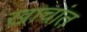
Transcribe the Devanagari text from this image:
खाचांत